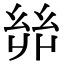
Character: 𢇇